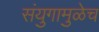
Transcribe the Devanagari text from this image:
संयुगामुळेच